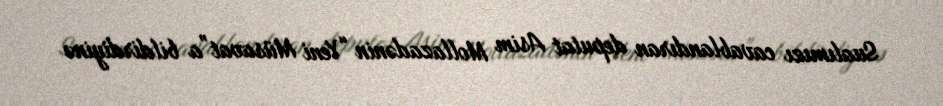
Sualımızı cavablandıran deputat Asim Mollazadənin “Yeni Müsavat”a bildirdiyinə